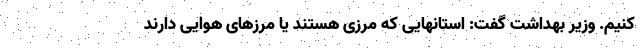
کنیم. وزیر بهداشت گفت: استانهایی که مرزی هستند یا مرزهای هوایی دارند